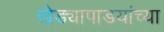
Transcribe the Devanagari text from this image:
खेड्यापाडयांच्या